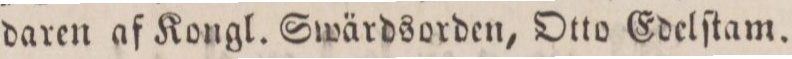
daren af Kongl. Swärdsorden, Otto Edelſtam.